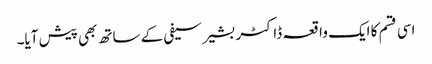
اسی قسم کا ایک واقعہ ڈاکٹر بشیر سیفی کے ساتھ بھی پیش آیا۔